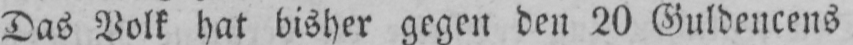
Das Volk hat bisher gegen den 20 Guldencens